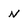
Character: N